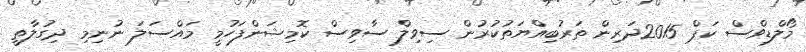
މޯލްޑިވްސް ކަޕް 2015ދަރިން ތަރުބިއްޔަތުކުރުން ސިވިލް ސާވިސް ކޮމިޝަންފަހުމީ މައްސަލަ ނުނިމި ދިގުލާތީ